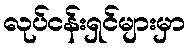
လုပ်ငန်းရှင်များမှာ